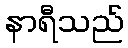
နာရီသည်